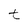
Character: t